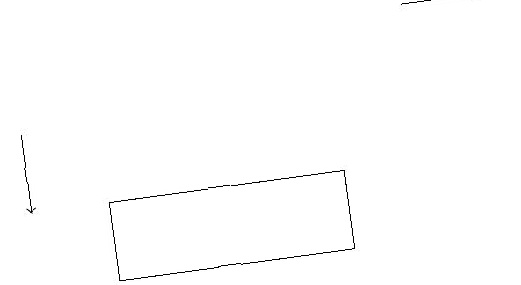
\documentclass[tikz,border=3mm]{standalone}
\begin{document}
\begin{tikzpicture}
\draw[->] (6,19) -- (7,19);
\draw (5,17) rectangle (2,16);
\draw[->] (1,18) -- (1,17);
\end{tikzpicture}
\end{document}